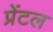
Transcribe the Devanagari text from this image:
प्रेंटल